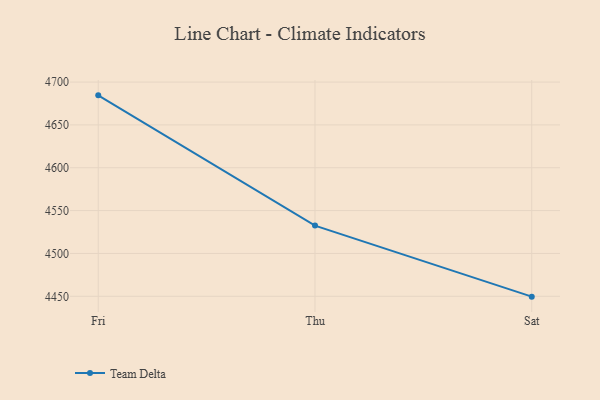
{"axis": {"x": "Day", "y": "Customer Acquisition Cost (USD)"}, "legend": ["Team Delta"], "data": [{"x": "Fri", "y": 4684.5, "type": "Team Delta"}, {"x": "Thu", "y": 4532.5, "type": "Team Delta"}, {"x": "Sat", "y": 4449.6, "type": "Team Delta"}]}